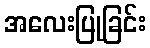
အလေးပြုခြင်း